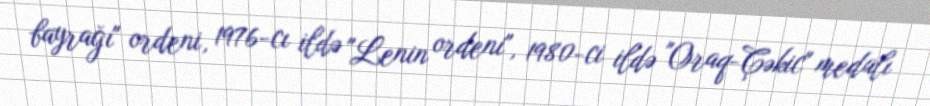
bayrağı" ordeni, 1976-cı ildə "Lenin ordeni", 1980-ci ildə "Oraq-Çəkic" medalı